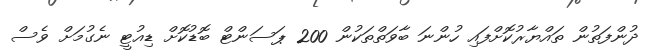
ދުންފަތުން ތައްޔާރުކޮށްފައި ހުންނަ ބާވަތްތަކުން 200 ޕަސަންޓް ބޮޑުކޮށް ޑިއުޓީ ނެގުމަށް ވެސް